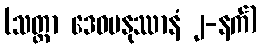
(သတ္ထာ ဒေဝမနုဿာနံ ၂-နက်)